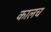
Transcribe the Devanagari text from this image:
कालच